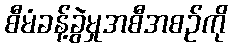
စီမံခန့်ခွဲမှုအစီအစဉ်ကို